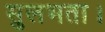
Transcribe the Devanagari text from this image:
सुलभता।